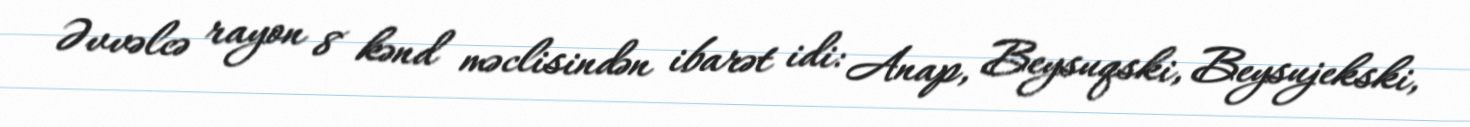
Əvvəlcə rayon 8 kənd məclisindən ibarət idi: Anap, Beysuqski, Beysujekski,